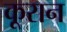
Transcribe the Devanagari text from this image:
कूरान